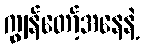
ကျွန်တော့်အနေနဲ့